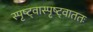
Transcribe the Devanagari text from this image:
स्पृष्ट्वास्पृष्ट्वाततः